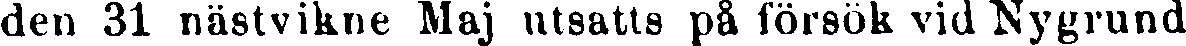
den 31 nästvikne Maj utsatts på försök vid Nygrund